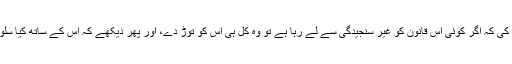
انہوں نے تنبیہہ کی کہ اگر کوئی اس قانون کو غیر سنجیدگی سے لے رہا ہے تو وہ کل ہی اس کو توڑ دے، اور پھر دیکھے کہ اس کے ساتھ کیا سلوک کیا جاتا ہے۔